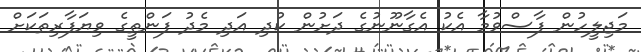
މަޖިލީހުން ފާސްވުމާ އެކު އެގާނޫނުގެ ދަށުން ކުދި އަދި މެދު ފަންތީގެ ވިޔަފާރިތަކަށް